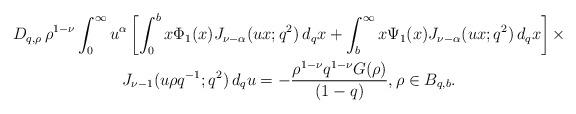
LaTeX: \begin{align*}\begin{gathered} D_{q,\rho}\,\rho^{1-\nu} \int_0^\infty u^{\alpha} \left[\int_0^b x \Phi_1(x)J_{\nu-\alpha}(ux; q^2)\,d_qx + \int_b^\infty x \Psi_1(x)J_{\nu-\alpha}(ux; q^2)\,d_qx \right] \times \\ J_{\nu-1} (u\rho q^{-1}; q^2) \,d_q u = - \frac{\rho^{1-\nu}q^{1-\nu} G(\rho)}{(1-q)} , \rho\in B_{q,b}. \end{gathered} \end{align*}